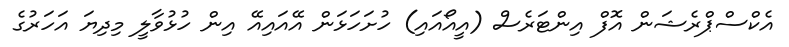
އެކްސްޕްރެޝަން އޮފް އިންޓަރެސް (އީއޯއައި) ހުށަހަޅަން އޭއައިއޭ އިން ހުޅުވާލީ މިދިޔަ އަހަރުގެ